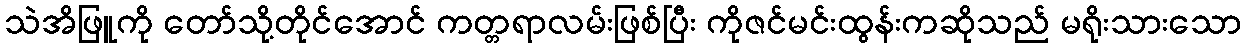
သဲအိဖြူကို တော်သို့တိုင်အောင် ကတ္တရာလမ်းဖြစ်ပြီး ကိုဇင်မင်းထွန်းကဆိုသည် မရိုးသားသော